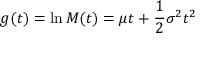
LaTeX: g ( t ) = \ln M ( t ) = \mu t + { \frac { 1 } { 2 } } \sigma ^ { 2 } t ^ { 2 }